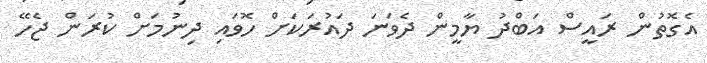
އެގޮތުން ރައީސް އަބްދު ޔާމީން ދެވަނަ ދައުރަކަށް ހޮވައި ދިނުމަށް ކުރަން ޖެހޭ